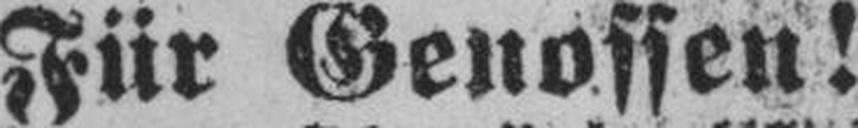
Für Genossen!